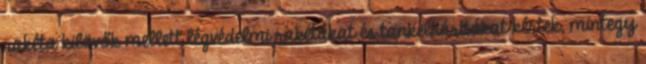
rakéta kilövők mellett légvédelmi rakétákat és tankelhárítókat kértek, mintegy